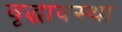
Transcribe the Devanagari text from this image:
वृद्धावस्‍था